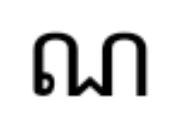
ណ